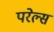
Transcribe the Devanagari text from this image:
परेल्स